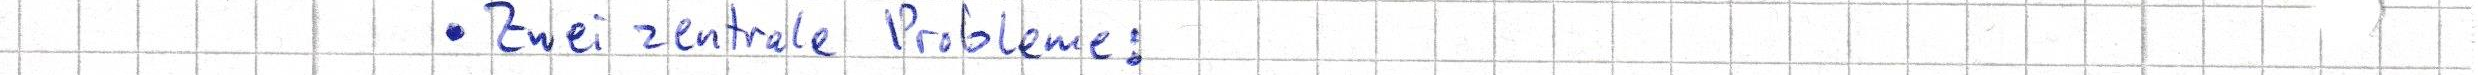
Zwei zentrale Probleme: